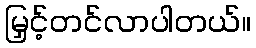
မြှင့်တင်လာပါတယ်။